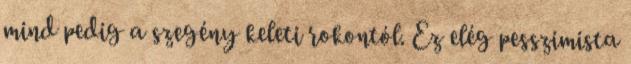
mind pedig a szegény keleti rokontól. Ez elég pesszimista